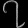
Digit: ၇